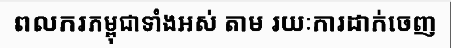
ពលករកម្ពុជាទាំងអស់ តាម រយៈការដាក់ចេញ